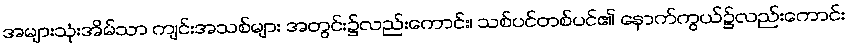
အများသုံးအိမ်သာ ကျင်းအသစ်များ အတွင်း၌လည်းကောင်း၊ သစ်ပင်တစ်ပင်၏ နောက်ကွယ်၌လည်းကောင်း